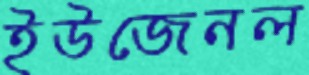
ইউজেনল